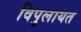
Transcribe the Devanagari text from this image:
विपुलायत